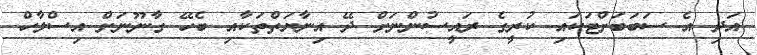
އަދި އެ ސަބަބަށްޓަކައި ކުރީގެ ރައީސުންނަށް ދޭ އިނާޔަތްތަކާއި ބެހޭ ގާނޫނަށް އިސްލާހް